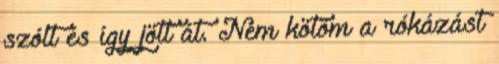
szólt és így jött át. Nem kötöm a rókázást